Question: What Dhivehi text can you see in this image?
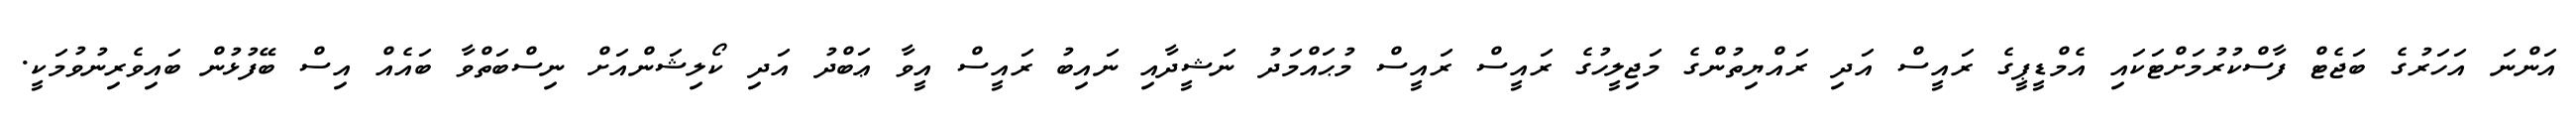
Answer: އަންނަ އަހަރުގެ ބަޖެޓް ފާސްކުރުމަށްޓަކައި އެމްޑީޕީގެ ރައީސް އަދި ރައްޔިތުންގެ މަޖިލީހުގެ ރައީސް ރައީސް މުޙައްމަދު ނަޝީދާއި ނައިބު ރައީސް އީވާ ޢަބްދު އަދި ކޯލިޝަންއަށް ނިސްބަތްވާ ބައެއް އިސް ބޭފުޅުން ބައިވެރިނުވުމަކީ.